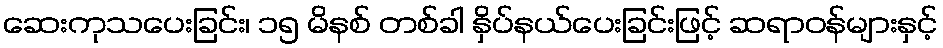
ဆေးကုသပေးခြင်း၊ ၁၅ မိနစ် တစ်ခါ နှိပ်နယ်ပေးခြင်းဖြင့် ဆရာဝန်များနှင့်